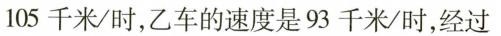
105千米/时，乙车的速度是93千米/时，经过